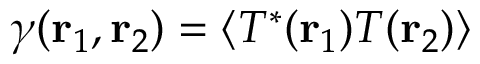
\gamma ( { \bf { r } } _ { 1 } , { \bf { r } } _ { 2 } ) = \langle T ^ { * } ( { \bf { r } } _ { 1 } ) T ( { \bf { r } } _ { 2 } ) \rangle